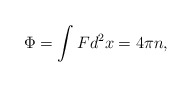
\begin{align*}\Phi = \int Fd^2x = 4\pi n, \end{align*}